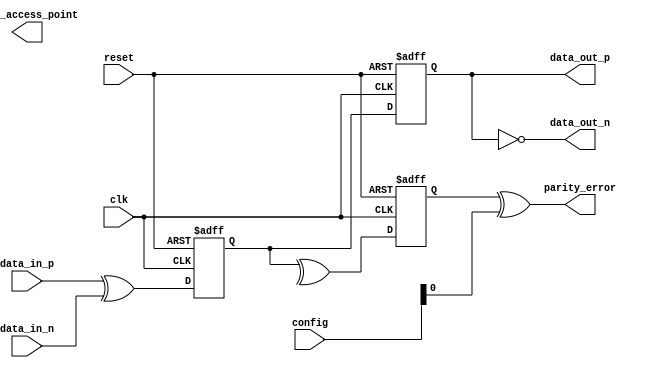
module gDDR3_IO_Block (
    input wire clk,                   // Clock input for synchronization
    input wire reset,                 // Reset signal
    input wire [31:0] data_in_p,     // Positive differential data input
    input wire [31:0] data_in_n,     // Negative differential data input
    output wire [31:0] data_out_p,    // Positive differential data output
    output wire [31:0] data_out_n,    // Negative differential data output
    output wire parity_error,         // Parity error signal
    input wire [3:0] config,          // Configuration input for programmability
    output wire test_access_point      // Test access point for debugging
);

    reg [31:0] data_in;               // Internal storage for input data
    reg [31:0] data_out;              // Internal storage for output data
    reg parity_bit;                   // Parity bit for error checking
    reg [3:0] buffer_strength;        // Buffer strength control
    reg [31:0] level_shift;           // Voltage level shifting register
    reg power_mode;                   // Power management mode
    reg [31:0] thermal_monitor;       // Thermal management register
    reg [31:0] test_signals;          // Internal test signals

    // Input handling with differential signaling
    always @(posedge clk or posedge reset) begin
        if (reset) begin
            data_in <= 32'b0;              // Reset data input
            parity_bit <= 1'b0;            // Reset parity
        end else begin
            // Sample differential signals (mock functionality)
            data_in <= data_in_p ^ data_in_n; // Simple differential logic
            // Calculate parity (even parity)
            parity_bit <= ^data_in;
        end
    end

    // Output handling
    always @(posedge clk or posedge reset) begin
        if (reset) begin
            data_out <= 32'b0;             // Reset data output
        end else begin
            // Example output logic, can be programmed
            data_out <= data_in;           // Pass through for now
        end
    end

    // Parity check mechanism
    assign parity_error = (parity_bit ^ config[0]); // Assume config[0] defines expected parity

    // Voltage level shifting logic (mock example)
    always @(posedge clk) begin
        if (config[1]) begin
            level_shift <= data_in; // Level shift based on config
        end
    end

    // Power management logic (mock example)
    always @(posedge clk) begin
        if (config[2]) begin
            power_mode <= 1'b1; // Enter low power mode
        end else begin
            power_mode <= 1'b0; // Normal operation
        end
    end

    // Test Access Point for debugging
    assign test_access_point = test_signals[0]; // Example test signal

    // Thermal monitoring logic (mock example)
    always @(posedge clk) begin
        // Simple thermal monitoring
        thermal_monitor <= thermal_monitor + 1; // Increment for example
    end

    // Output the differential data
    assign data_out_p = data_out; // Positive output
    assign data_out_n = ~data_out; // Negative output (for differential signaling)

endmodule